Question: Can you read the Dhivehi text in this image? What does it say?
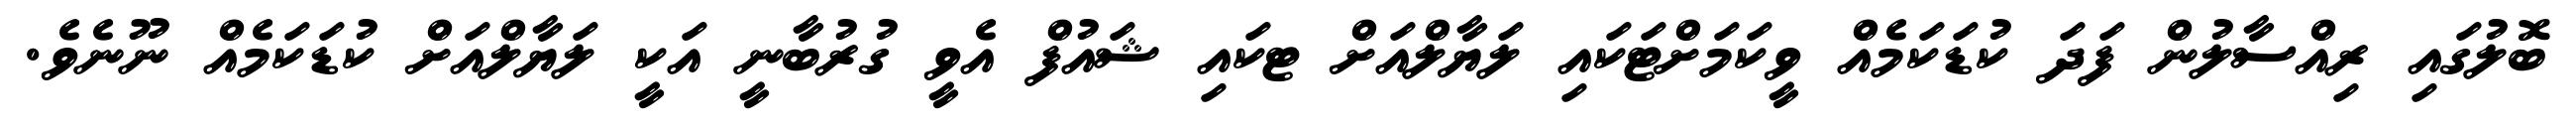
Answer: ބޮލުގައި ރިއްސާލުން ފަދަ ކުޑަކަމެއް ވީކަމަށްޓަކައި ލަޔާލްއަށް ޓކައި ޝައުފް އެވީ ގުރުބާނީ އަކީ ލަޔާލްއަށް ކުޑަކަމެއް ނޫނެވެ.